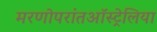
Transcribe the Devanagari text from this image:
मरणोपरांतऑस्ट्रेलिया